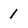
Character: 1